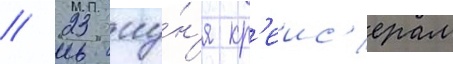
// 23 иу́н'я кр'еис'ерам